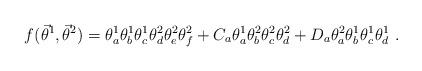
LaTeX: \begin{align*}f({\vec{\theta}}^{1},{\vec{\theta}}^{2}) =\theta_{a}^{1}\theta_{b}^{1}\theta_{c}^{1}\theta_{d}^{2}\theta_{e}^{2}\theta_{f}^{2} +C_{a}\theta_{a}^{1}\theta_{b}^{2}\theta_{c}^{2}\theta_{d}^{2} +D_{a}\theta_{a}^{2}\theta_{b}^{1}\theta_{c}^{1}\theta_{d}^{1} \ .\end{align*}